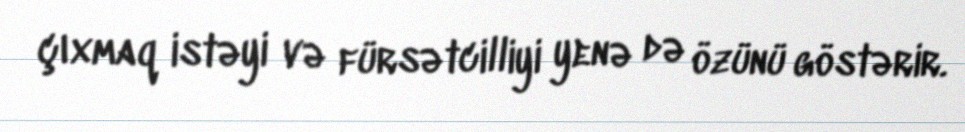
çıxmaq istəyi və fürsətcilliyi yenə də özünü göstərir.